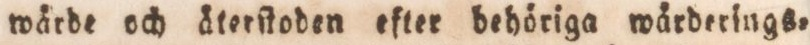
wärde och äterſtoden efter behöriga wärderings=